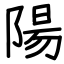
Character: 陽